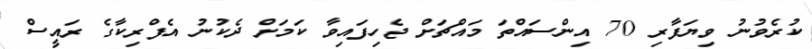
ކުރެވުނު ވިޔަފާރި 70 އިންސައްތަ މައްޗަށް ޖެހިފައިވާ ކަމަށް ދެކުނު އެފްރިކާގެ ރައީސް